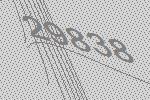
29838